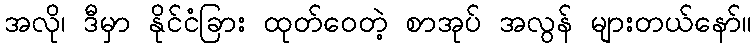
အလို၊ ဒီမှာ နိုင်ငံခြား ထုတ်ဝေတဲ့ စာအုပ် အလွန် များတယ်နော်။